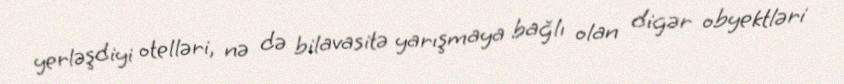
yerləşdiyi otelləri, nə də bilavasitə yarışmaya bağlı olan digər obyektləri